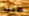
ظننت